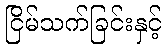
ငြိမ်သက်ခြင်းနှင့်